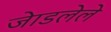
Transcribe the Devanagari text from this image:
जेाडलेले